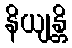
နိယျန္တိ